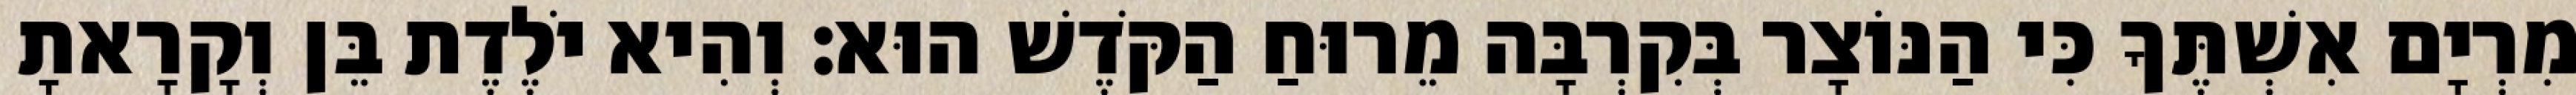
מִרְיָם אִשְׁתֶּךָ כִּי הַנּוֹצָר בְּקִרְבָּה מֵרוּחַ הַקֹּדֶשׁ הוּא׃ וְהִיא יֹלֶדֶת בֵּן וְקָרָאתָ